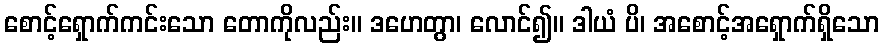
စောင့်ရှောက်ကင်းသော တောကိုလည်း။ ဒဟေတွာ၊ လောင်၍။ ဒါယံ ပိ၊ အစောင့်အရှောက်ရှိသော